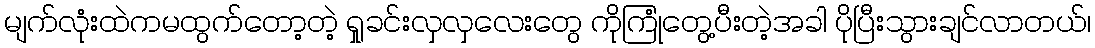
မျက်လုံးထဲကမထွက်တော့တဲ့ ရှုခင်းလှလှလေးတွေ ကိုကြုံတွေ့ပီးတဲ့အခါ ပိုပြီးသွားချင်လာတယ်၊